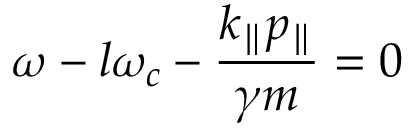
\omega - l \omega _ { c } - \frac { k _ { \parallel } p _ { \parallel } } { \gamma m } = 0